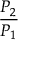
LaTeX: \frac { P _ { 2 } } { P _ { 1 } }